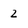
Character: 2